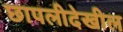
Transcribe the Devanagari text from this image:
छापलीदेखील